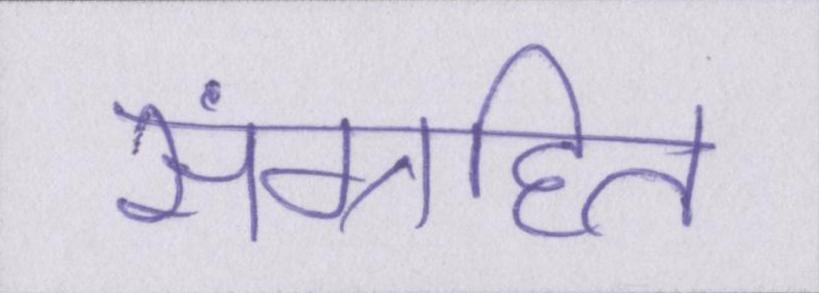
संग्रहित